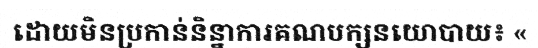
ដោយមិនប្រកាន់និន្នាការគណបក្សនយោបាយ៖ «